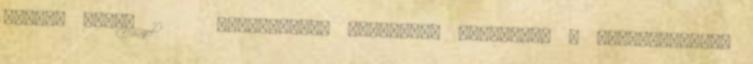
Juhász Dávid 12 Alkalmazási területek jellemzői ● Alkalmazástól